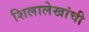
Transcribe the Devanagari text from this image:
शिलालेखांची